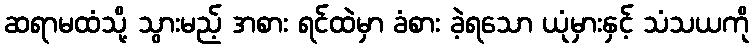
ဆရာမထံသို့ သွားမည့် အစား ရင်ထဲမှာ ခံစား ခဲ့ရသော ယုံမှားနှင့် သံသယကို